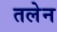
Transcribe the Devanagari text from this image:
तलेन